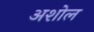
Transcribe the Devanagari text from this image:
अशोल